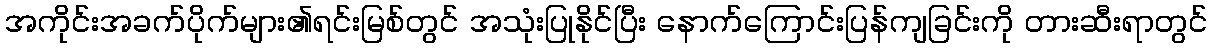
အကိုင်းအခက်ပိုက်များ၏ရင်းမြစ်တွင် အသုံးပြုနိုင်ပြီး နောက်ကြောင်းပြန်ကျခြင်းကို တားဆီးရာတွင်